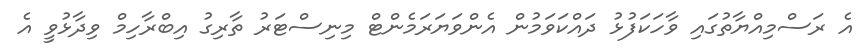
އެ ރަސްމިއްޔާތުގައި ވާހަކަފުޅު ދައްކަވަމުން އެންވަޔަރަމެންޓް މިނިސްޓަރު ތާރިގު އިބްރާހިމް ވިދާޅުވީ އެ